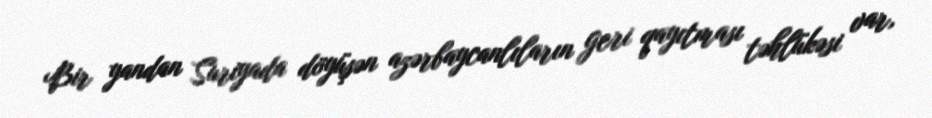
Bir yandan Suriyada döyüşən azərbaycanlıların geri qayıtması təhlükəsi var,